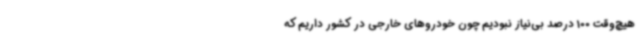
هیچ‌وقت 100 درصد بی‌نیاز نبودیم چون خودروهای خارجی در کشور داریم که